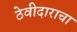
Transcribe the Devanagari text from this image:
ठेवीदाराचा